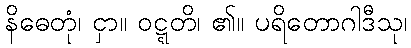
နိဓေတုံ၊ ငှာ။ ဝဋ္ဋတိ၊ ၏။ ပရိတောဂါဒီသု၊